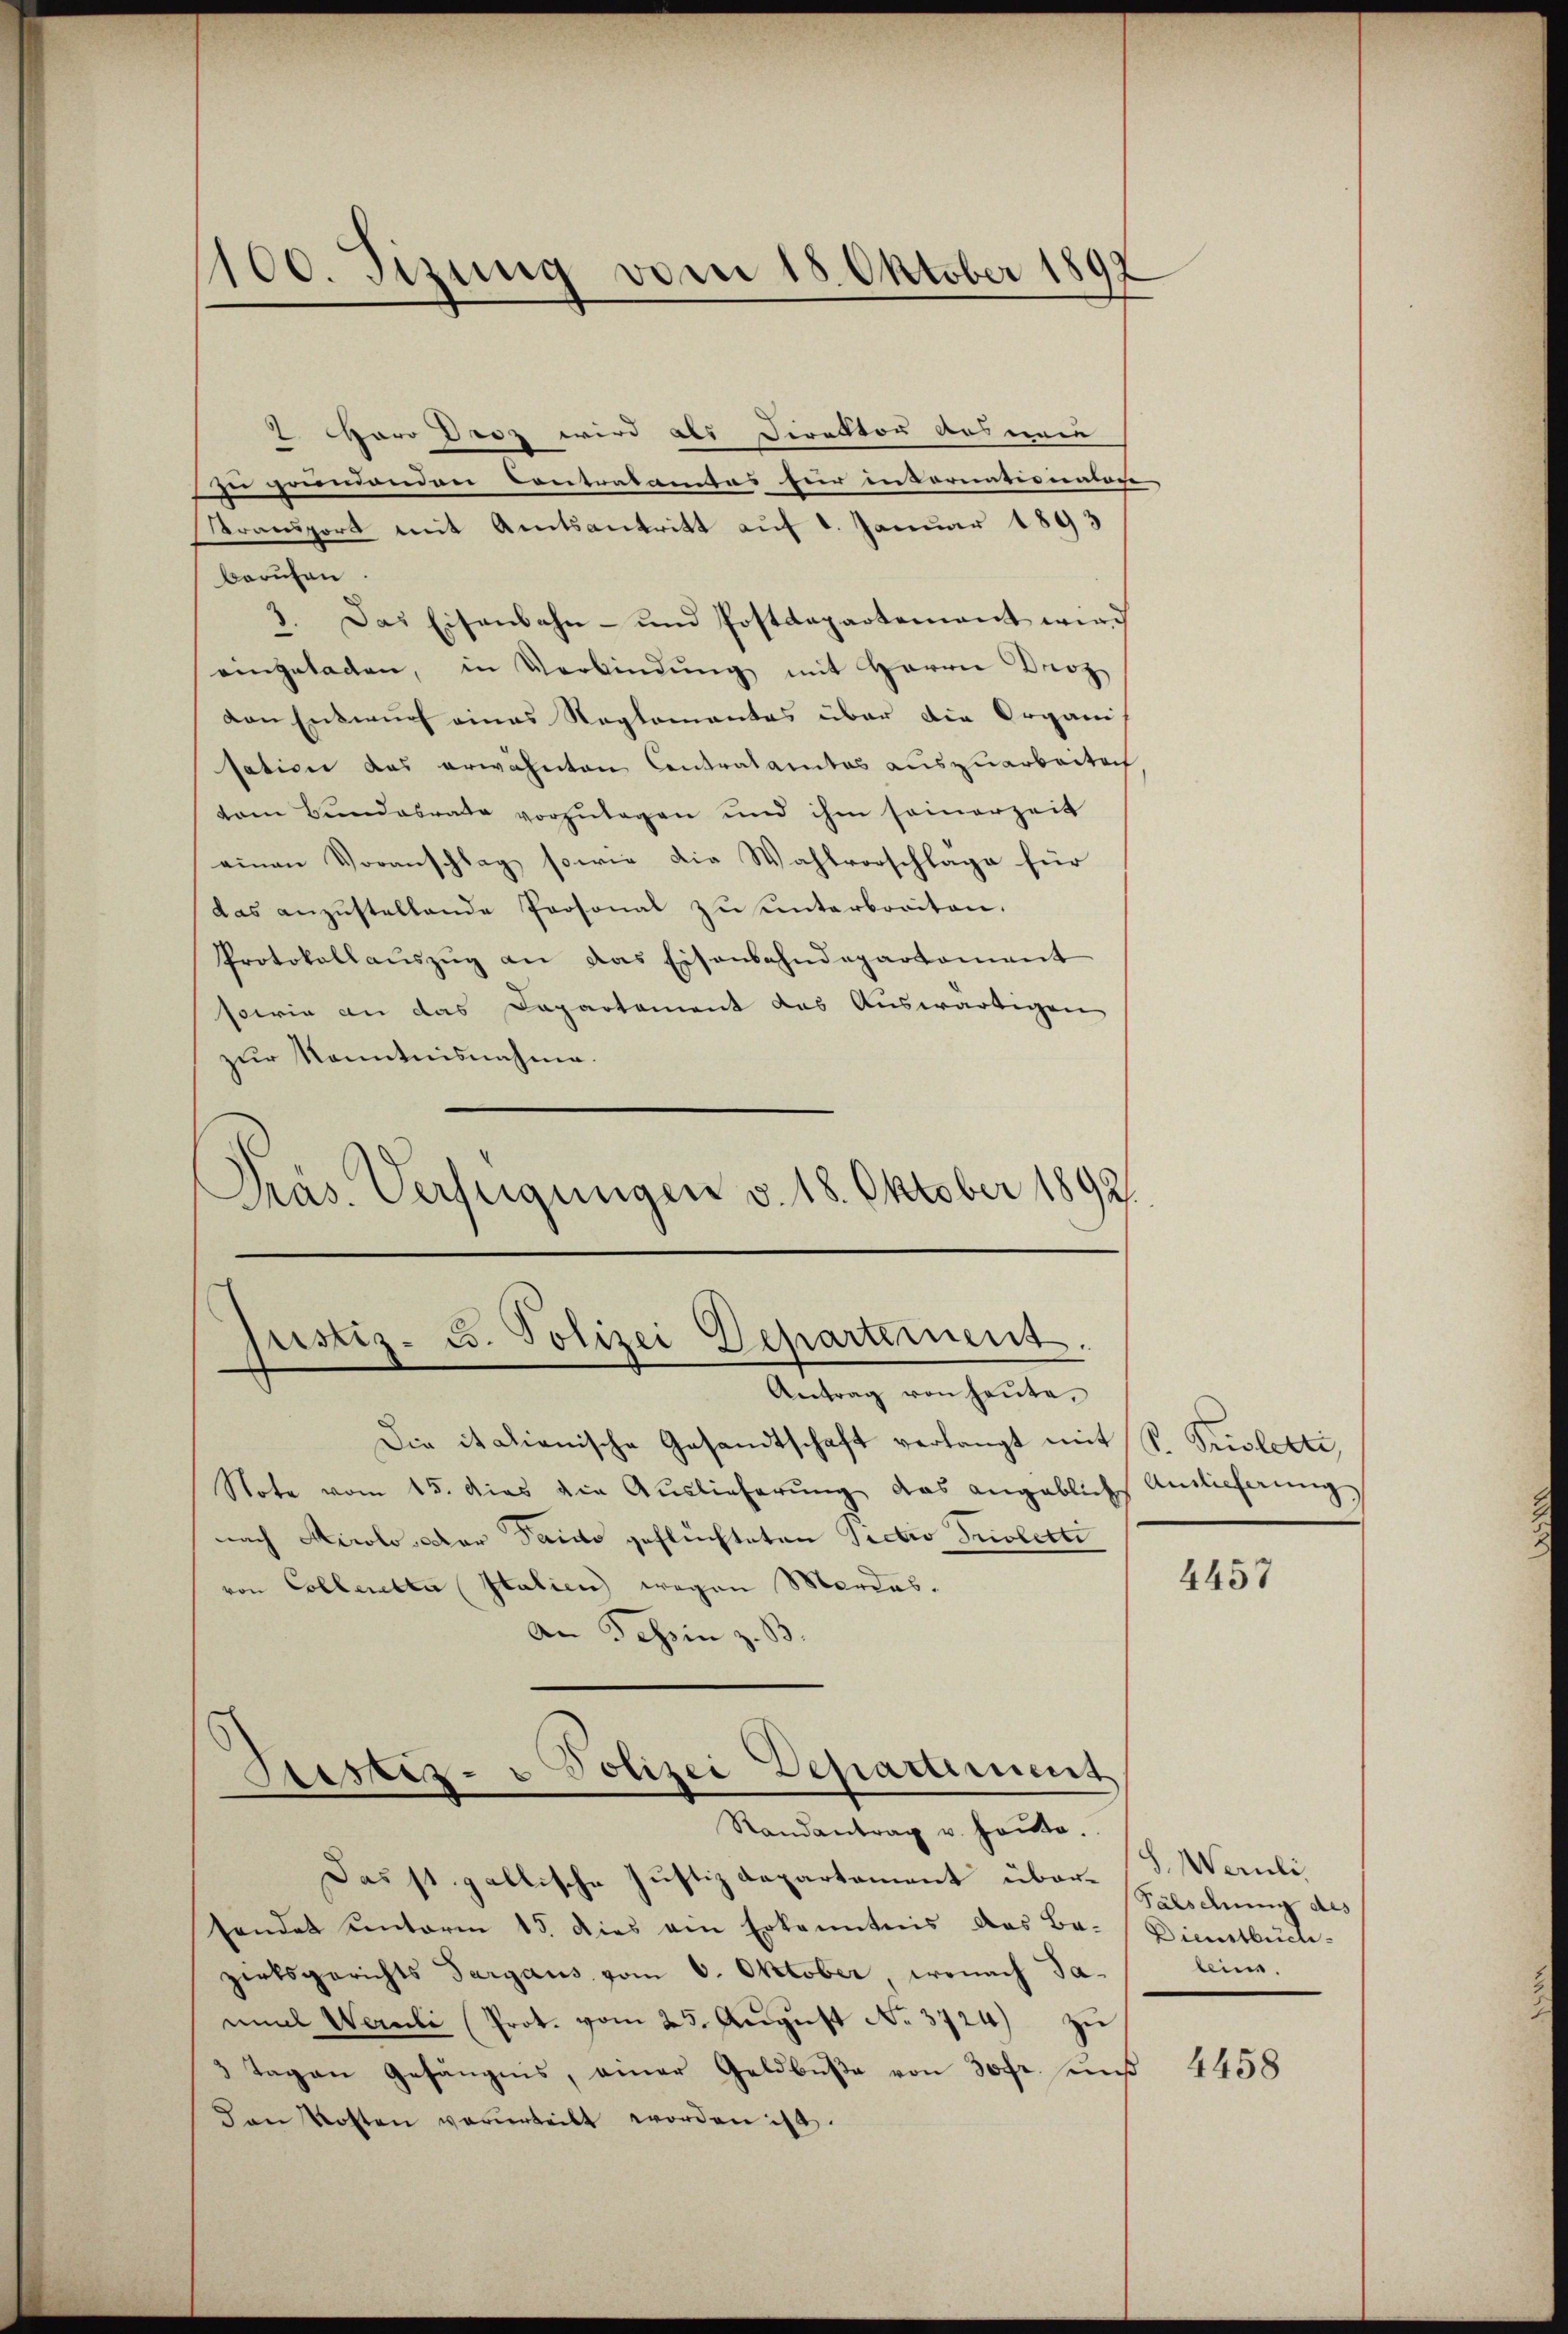
100. Sizung vom 18. Oktober 1892

7 Maro Droz wird als Direktor aus mein
zu gründenden Contralantas für intornationatare
ransport mit Amtsantritt auf 1. Januar 1893
berufen
1. Das Eisenbahn- und Postdepartement wird
eingeladen, in Verbindŭng mit Herrn Proz
von Entwurf eines Reglementes über die Organi-
sation das erwähnten Contralamtes auszuarbeiten
vam Bundesrate vorzŭlagen und ihm seinerzeit
einen Voranschlag sowie die Wahlvorschlage für
das anzŭstellende Personal zŭ ŭnterboriten.
Protokollaŭszŭg an das Eisenbahndepartement
sowie an das Dapartement das Auswärtigen
zur Kenntnisnahme.
Präs. Verfügungen v. 18. Oktober 1892.

pistiz- u. Polizei Departement.

Siser- u Polizei Departement
Randantrag u. heute.

Antrag von heŭte.
Die italienische Gesandtschaft verlangt mit
Note vom 15. das die Auslieferung das angeblich Anlicherungs
nach Airolo Der Tante geflüchteten Sectio Proletti
von Collerella Italien wegen Mordes
An Tessin z. B.

Das st. gallische Justizdepartement über-S. Waruli,
sendet unterm 15. dies ein Erkanntnis das Be- Dienstbuch-
zirksgerichts Sargaus vom 6. Oktober, wonach Janmal Wernli (Prot. vom 25. Aŭgŭst No. 3724) zŭ
3 Tagen Gefängnis, einer Geldbuße von 30fr. uns
Dan Kosten verurteilt worden ist.

P. Prioletti,

4457

Fälschung des
bein.

4458